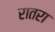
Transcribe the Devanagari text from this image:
रातरा